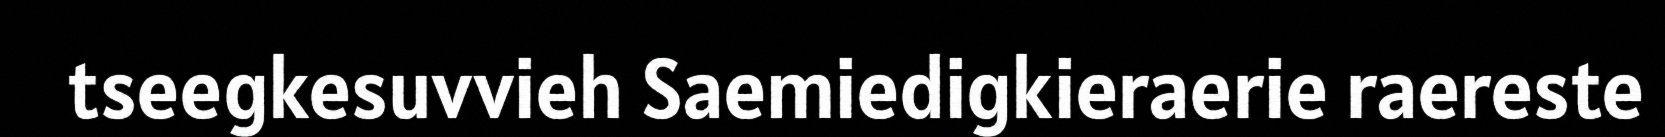
tseegkesuvvieh Saemiedigkieraerie raereste